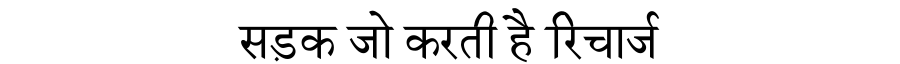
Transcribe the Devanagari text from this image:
सड़क जो करती है रिचार्ज